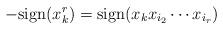
LaTeX: \begin{align*}-\mathrm{sign}(x_{k}^{r})=\mathrm{sign}(x_{k}x_{i_{2}}\cdots x_{i_{r}})\end{align*}